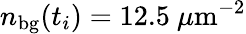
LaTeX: n_{\mathrm{bg}}(t_{i})=12.5~\mu\mathrm{m}^{-2}